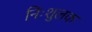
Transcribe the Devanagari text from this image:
निःशुलक